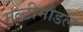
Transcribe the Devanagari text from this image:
मल्टीमौडल